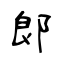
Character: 郞